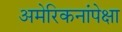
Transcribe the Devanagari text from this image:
अमेरिकनांपेक्षा